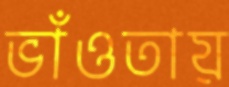
ভাঁওতায়